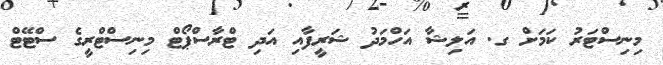
މިނިސްޓަރު ކަމަށް ގ. އަލިޝާ އަހްމަދު ޝަރީފާއި އަދި ޓްރާސްޕޯޓް މިނިސްޓްރީގެ ސްޓޭޓް